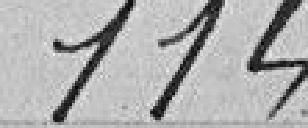
114